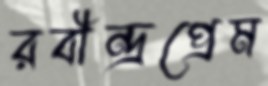
রবীন্দ্রপ্রেম